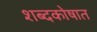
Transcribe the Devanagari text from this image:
शब्दकोषात